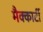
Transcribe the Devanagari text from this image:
मैक्कार्टी